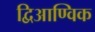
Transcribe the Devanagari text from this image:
द्विआण्विक